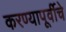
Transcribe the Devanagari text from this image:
करण्यापूर्वीचे